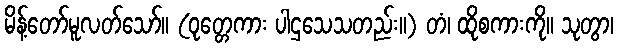
မိန့်တော်မူလတ်သော်။ (ဝုတ္တေကား ပါဌသေသတည်း။) တံ၊ ထိုစကားကို။ သုတွာ၊